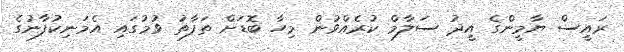
ރައީސް ޔާމީންގެ އީދު ސަލާމް ކުރެއްވުން މިހާ ބޮޑަށް ތަފާތު ވުމުގައި އެމަނިކުފާނުގެ